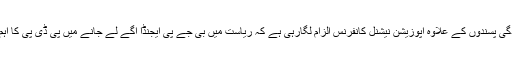
ادھر علاحدگی پسندوں کے علاوہ اپوزیشن نیشنل کانفرنس الزام لگارہی ہے کہ ریاست میں بی جے پی ایجنڈا آگے لے جانے میں پی ڈی پی کا اہم رول ہے ۔